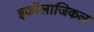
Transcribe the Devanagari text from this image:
इकॉलाजिकल